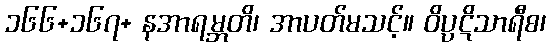
၁၆၆+၁၆၇+ နအာရမ္ဘတိ၊ အာပတ်မသင့်။ ဝိပ္ပဋိသာရီစ၊